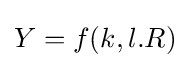
Y=f(k,l.R)